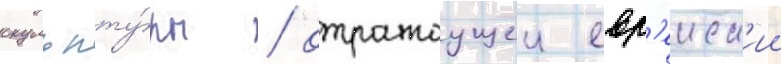
скульпту́ры / отражаущеи евр'еиск'ии